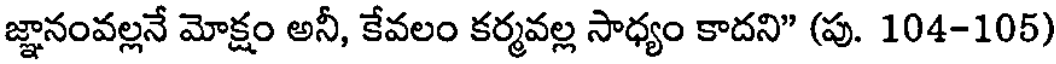
జ్ఞానంవల్లనే మోక్షం అనీ, కేవలం కర్మవల్ల సాధ్యం కాదని" (పు. 104-105)